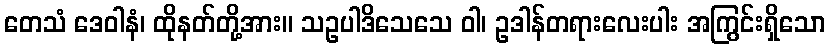
တေသံ ဒေဝါနံ၊ ထိုနတ်တို့အား။ သဥပါဒိသေသေ ဝါ၊ ဥဒါန်တရားလေးပါး အကြွင်းရှိသော